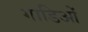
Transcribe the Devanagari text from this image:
गाडिओं